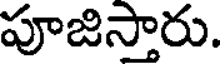
పూజిస్తారు.